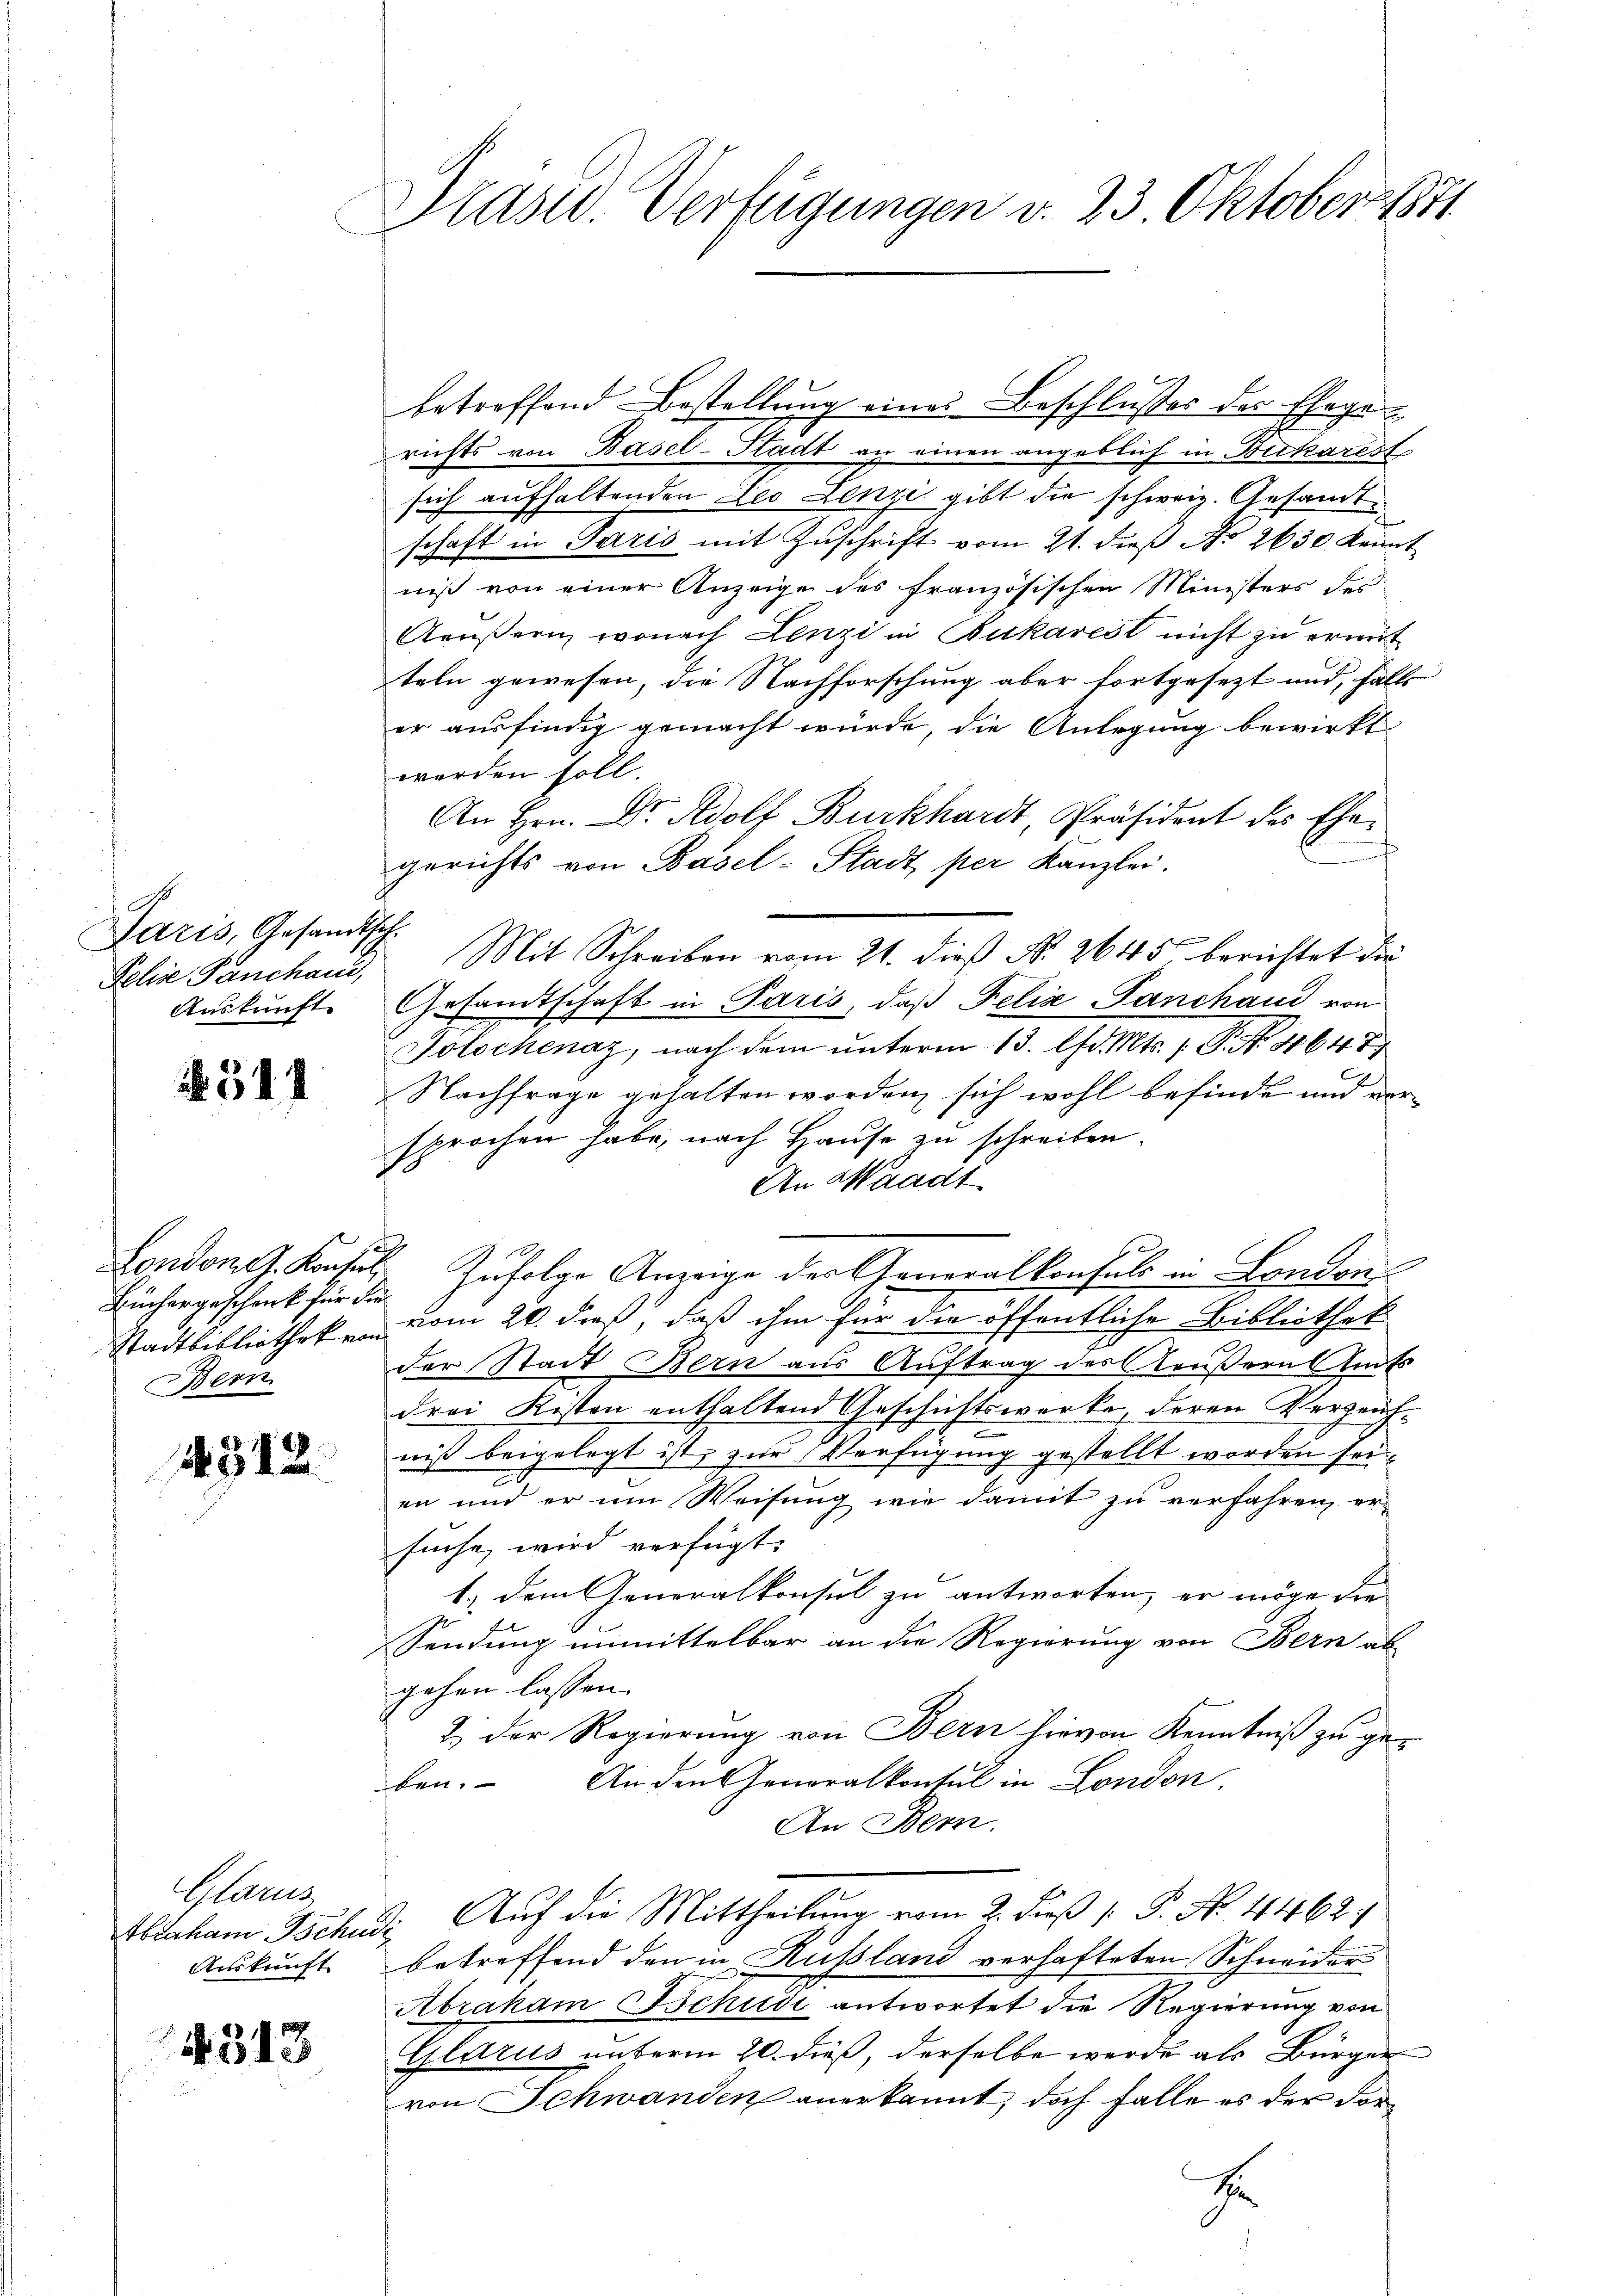
Jaris, Gesandtsch.
Pelis Panchaus,
Auskunft.

511

London G. Konsul
Bern

4312.

Glarus

4318

Präsid. Verfügungen v. 23 Oktober 1871

betreffend Bestellung eines Beschlusses des Ehegerichts von Basel-Stadt an einen angeblich in Bickarest
sich aufhaltenden Leo Lenzi gibt die schweiz. Gesandt
schaft in Paris mit Zuschrift vom 21. dieβ No 2630 kennt
niß von einer Anzeige des französischen Ministers des
Aeußern, wonach Lenzi in Bukarest nicht zu ermit
teln gewesen, die Nachforschung aber fortgesezt und, falls
er ausfindig gemacht würde, die Anlegung bewirkt
werden soll.
An Hrn. Dr. Adolf Burkhardt, Präsident des Ehegerichts von Basel-Stadt per Kanzlei.
Mit Schreiben vom 21. dieß No. 2645 berichtet die
Gesandtschaft in Paris, daß Felix Tanchand von
Tolochenaz, nach dem unterm 13. lfd. Mts. 1. P. Nr. 4647
Nachfrage gehalten worden, sich wohl befinde und versprochen habe, nach Hause zu schreiben.
An Waadt
Stadtbibliotheken vom 20. dieß, daß ihm für die öffentliche Bibliothek
der Stadt Bern aus Auftrag des Aeußern Amts
drei Kisten enthaltend Geschichtswerke, deren Verzeiche
niß beigelegt ist, zur Verfügung gestellt worden sei
en und er um Weisung wie damit zu verfahren, er-
suche, wird verfügt:
1.) Dem Generalkonsul zu antworten, er möge die
Sendung unmittelbar an die Regierung von Bern als
gehen lassen.
2.) Der Regierung von Bern hievon Kenntniß zu ge¬
An den Generalkontul in London.
ben.
An Bern.
Abraham Tschudi Aŭf die Mittheilung vom 2. dieß P. No. 4462/
Auskunft betreffend den in Russland verhafteten Schneider
Abraham Schudi antwortet die Regierung von
Glarus unterm 20. dieß, derselbe werde als Bürger
von Schwanden anerkannt, doch falle es der dor¬
E

Büchergeschenk für die Zufolge Anzeige der Generalkonsuls in London